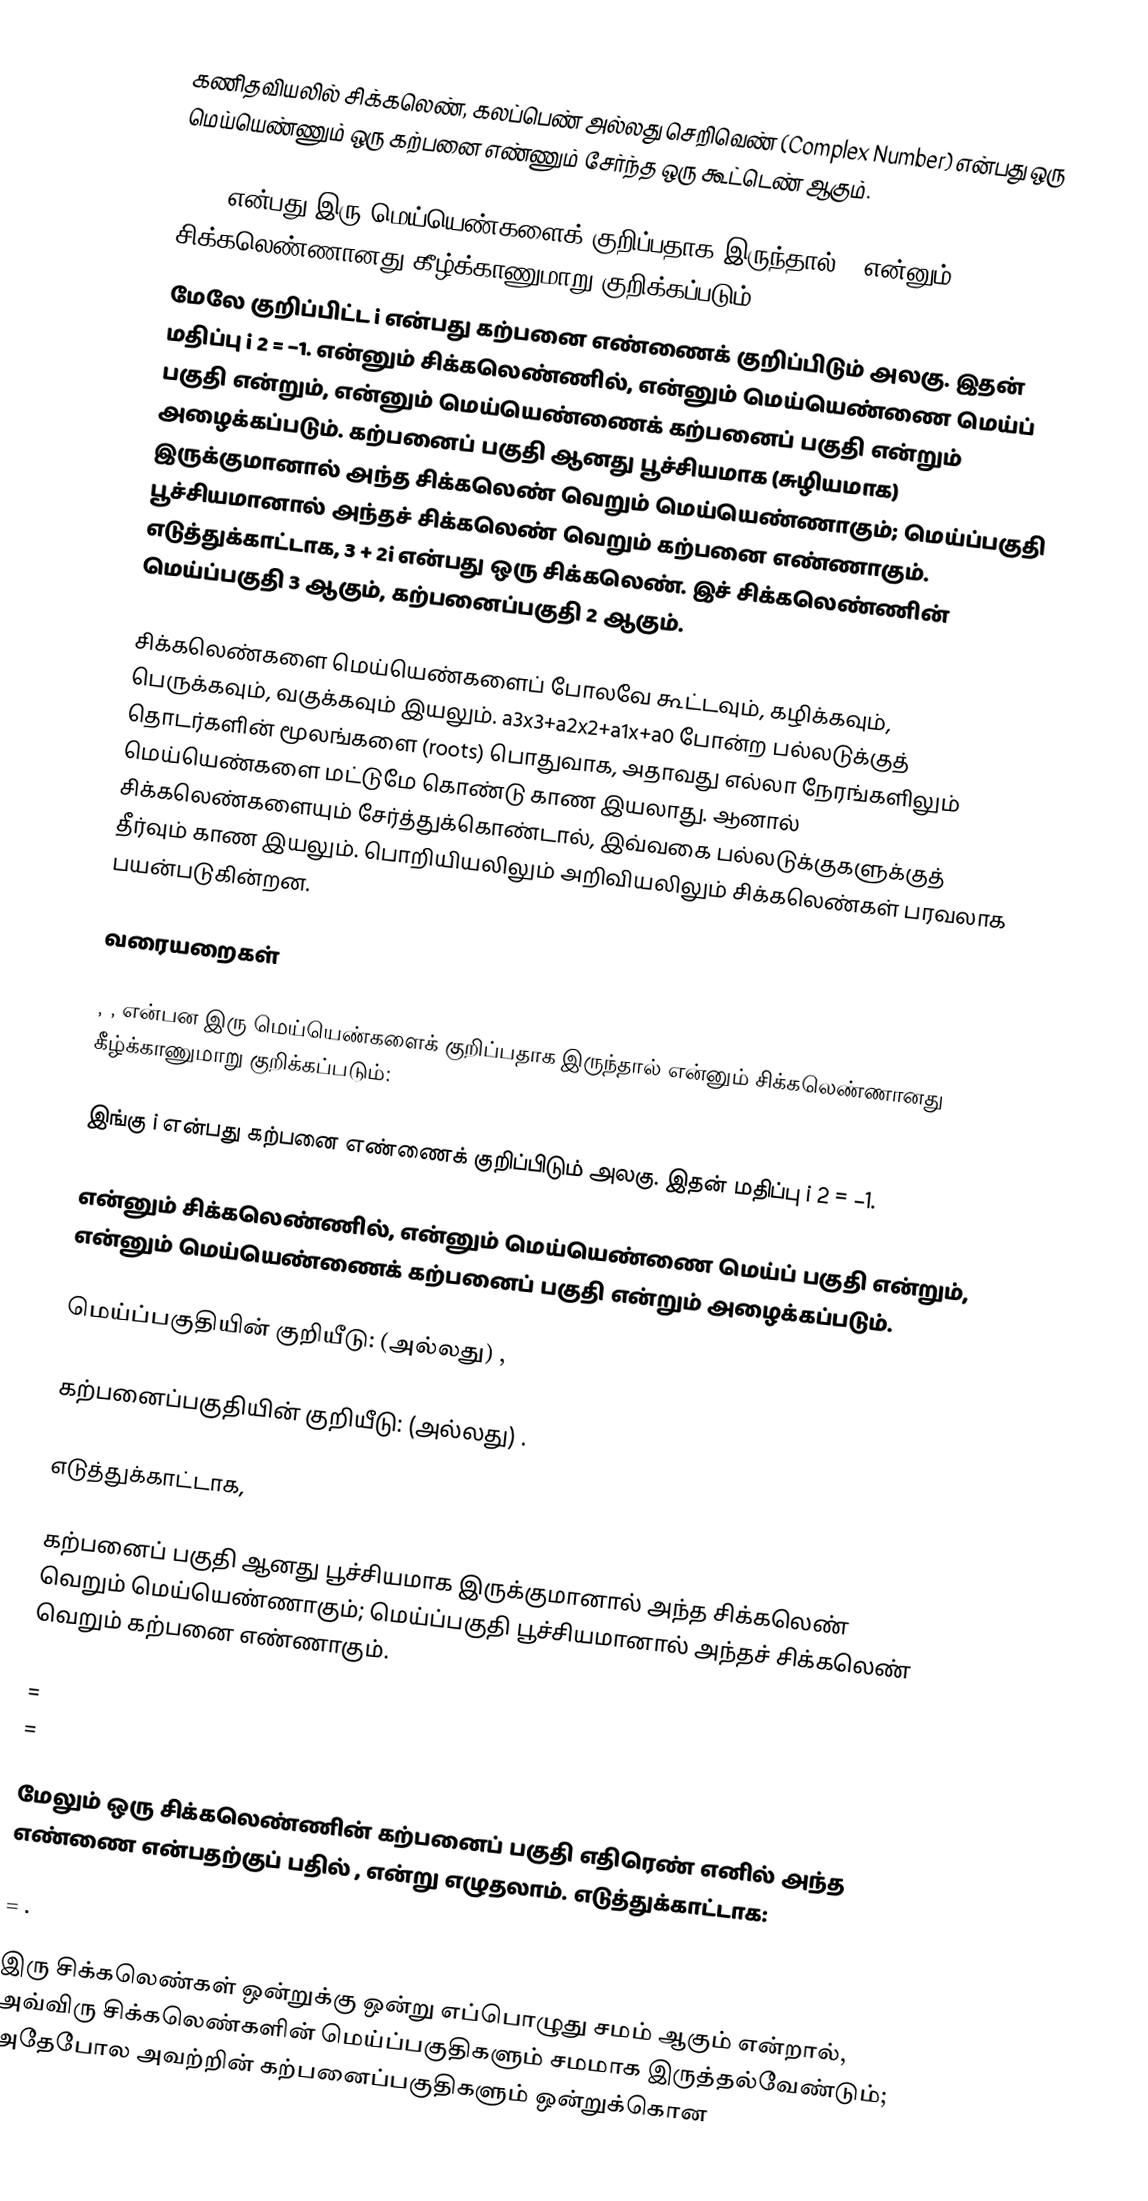
கணிதவியலில் சிக்கலெண், கலப்பெண் அல்லது செறிவெண் (Complex Number) என்பது ஒரு மெய்யெண்ணும் ஒரு கற்பனை எண்ணும் சேர்ந்த ஒரு கூட்டெண் ஆகும்.

a, b என்பது இரு மெய்யெண்களைக் குறிப்பதாக இருந்தால் c என்னும் சிக்கலெண்ணானது கீழ்க்காணுமாறு குறிக்கப்படும்:
 மேலே குறிப்பிட்ட i என்பது கற்பனை எண்ணைக் குறிப்பிடும் அலகு. இதன் மதிப்பு i 2 = −1.  என்னும் சிக்கலெண்ணில்,  என்னும் மெய்யெண்ணை மெய்ப் பகுதி என்றும்,  என்னும் மெய்யெண்ணைக் கற்பனைப் பகுதி என்றும் அழைக்கப்படும். கற்பனைப் பகுதி   ஆனது பூச்சியமாக (சுழியமாக) இருக்குமானால் அந்த சிக்கலெண் வெறும் மெய்யெண்ணாகும்; மெய்ப்பகுதி   பூச்சியமானால் அந்தச் சிக்கலெண் வெறும் கற்பனை எண்ணாகும். எடுத்துக்காட்டாக, 3 + 2i என்பது ஒரு சிக்கலெண். இச் சிக்கலெண்ணின் மெய்ப்பகுதி 3 ஆகும், கற்பனைப்பகுதி 2 ஆகும்.

சிக்கலெண்களை மெய்யெண்களைப் போலவே கூட்டவும், கழிக்கவும், பெருக்கவும், வகுக்கவும் இயலும். a3x3+a2x2+a1x+a0 போன்ற பல்லடுக்குத் தொடர்களின் மூலங்களை (roots) பொதுவாக, அதாவது எல்லா நேரங்களிலும் மெய்யெண்களை மட்டுமே கொண்டு காண இயலாது. ஆனால் சிக்கலெண்களையும் சேர்த்துக்கொண்டால், இவ்வகை பல்லடுக்குகளுக்குத் தீர்வும் காண இயலும். பொறியியலிலும் அறிவியலிலும் சிக்கலெண்கள் பரவலாக பயன்படுகின்றன.

வரையறைகள்

,  , என்பன இரு மெய்யெண்களைக் குறிப்பதாக இருந்தால்   என்னும் சிக்கலெண்ணானது கீழ்க்காணுமாறு குறிக்கப்படும்:

இங்கு i என்பது கற்பனை எண்ணைக் குறிப்பிடும் அலகு. இதன் மதிப்பு i 2 = −1.

 என்னும் சிக்கலெண்ணில்,  என்னும் மெய்யெண்ணை மெய்ப் பகுதி என்றும்,  என்னும் மெய்யெண்ணைக் கற்பனைப் பகுதி என்றும் அழைக்கப்படும்.

மெய்ப்பகுதியின் குறியீடு:  (அல்லது) ,

கற்பனைப்பகுதியின் குறியீடு:  (அல்லது) .

எடுத்துக்காட்டாக,

கற்பனைப் பகுதி   ஆனது பூச்சியமாக இருக்குமானால் அந்த சிக்கலெண் வெறும் மெய்யெண்ணாகும்; மெய்ப்பகுதி   பூச்சியமானால் அந்தச் சிக்கலெண் வெறும் கற்பனை எண்ணாகும்.

  =
  =

மேலும் ஒரு சிக்கலெண்ணின் கற்பனைப் பகுதி எதிரெண் எனில் அந்த எண்ணை  என்பதற்குப் பதில் ,  என்று எழுதலாம். எடுத்துக்காட்டாக:

 = .

இரு சிக்கலெண்கள் ஒன்றுக்கு ஒன்று எப்பொழுது சமம் ஆகும் என்றால்,  அவ்விரு சிக்கலெண்களின் மெய்ப்பகுதிகளும் சமமாக இருத்தல்வேண்டும்; அதேபோல அவற்றின் கற்பனைப்பகுதிகளும் ஒன்றுக்கொன